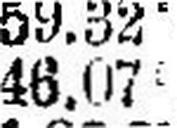
46.075